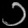
Digit: ၁